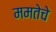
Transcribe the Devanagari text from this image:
ममतेचे